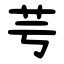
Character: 芌